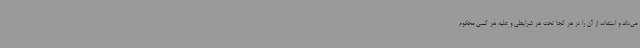
می‌داند و استفاده از آن را در هر کجا تحت هر شرایطی و علیه هر کسی محکوم